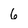
Character: 6